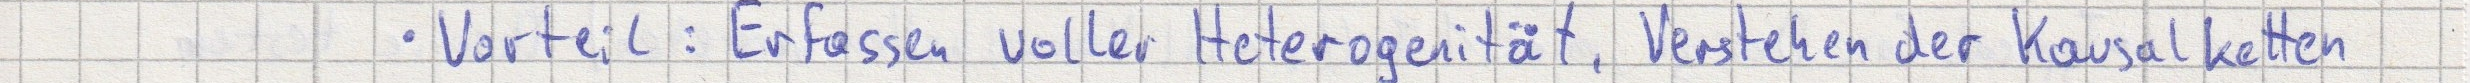
- Vorteil: Erfassen voller Heterogenität, Verstehen der Kausalketten